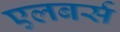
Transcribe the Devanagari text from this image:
एलबर्स